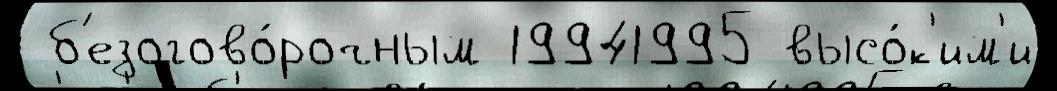
 б'езогово́рочным 19941995 высо́к'им'и